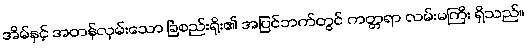
အိမ်နှင့် အတန်လှမ်းသော ခြံစည်းရိုး၏ အပြင်ဘက်တွင် ကတ္တရာ လမ်းမကြီး ရှိသည်။